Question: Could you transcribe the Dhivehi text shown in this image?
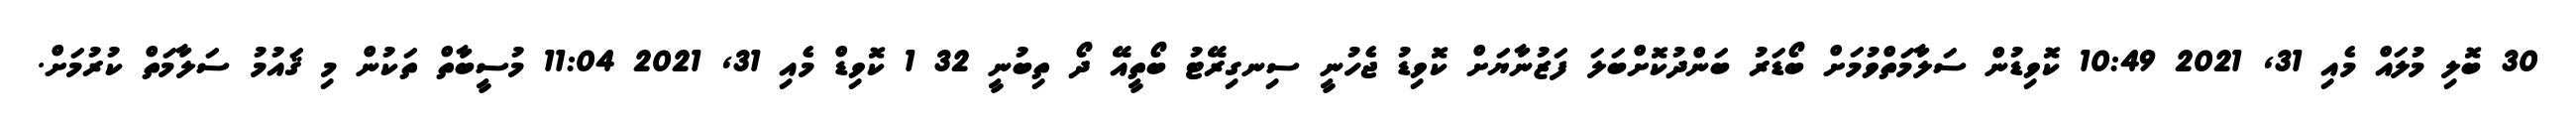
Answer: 30 ބޮލި މުލައް މެއި 31, 2021 10:49 ކޮވިޑުން ސަލާމަތްވުމަށް ބޯޑަރު ބަންދުކޮށްބަލަ ފަޒުނާޔަށް ކޮވިޑު ޖެހުނީ ސިނގިރޭޓު ބޯތީއޭ ދޯ ތިބުނީ 32 1 ކޮވިޑް މެއި 31, 2021 11:04 މުސީބާތް ތަކުން މި ޤައުމު ސަލާމަތް ކުރުމަށް.